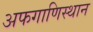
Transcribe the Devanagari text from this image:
अफगाणिस्थान